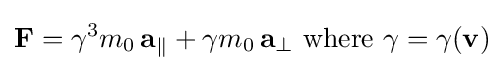
\mathbf {F} =\gamma ^{3}m_{0}\,\mathbf {a} _{\parallel }+\gamma m_{0}\,\mathbf {a} _{\perp }\ \mathrm {where} \ \gamma =\gamma (\mathbf {v} )